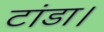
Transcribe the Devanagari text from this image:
टांडा।